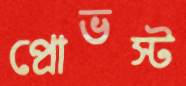
প্রোভস্ট